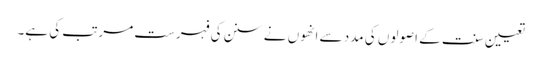
تعیین سنت کے اصولوں کی مدد سے انھوں نے سنن کی فہرست مرتب کی ہے۔